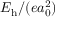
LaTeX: E _ { \mathrm { h } } / ( e a _ { 0 } ^ { 2 } )